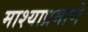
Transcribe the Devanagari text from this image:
माश्याप्रमाणे